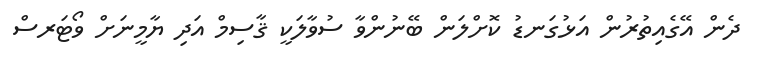
ދެން އޭގެއިތުރުން އަޅުގަނޑު ކޮށްލަން ބޭނުންވާ ސުވާލަކީ ޤާސިމް އަދި ޔާމީނަށް ވޯޓަރސް